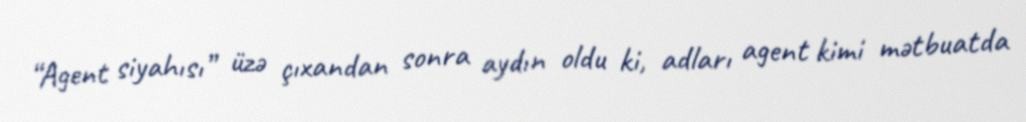
“Agent siyahısı” üzə çıxandan sonra aydın oldu ki, adları agent kimi mətbuatda